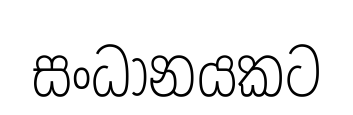
සංධානයකට